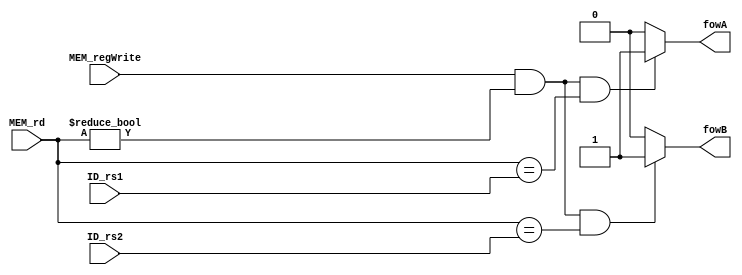
`timescale 1ns / 1ps


// Module Name: forward_unit

module forward_unit(output reg  fowA, fowB, input  MEM_regWrite, 
                    input [4:0] ID_rs1, ID_rs2, MEM_rd);

      always@(*) begin
        if(MEM_regWrite == 1 && MEM_rd != 0 && MEM_rd == ID_rs1)
            fowA = 1;
        else
            fowA = 0;
      end
      
      always@(*) begin
        if(MEM_regWrite == 1 && MEM_rd != 0 && MEM_rd == ID_rs2)
            fowB = 1;
        else
            fowB = 0;        
      end
      
endmodule